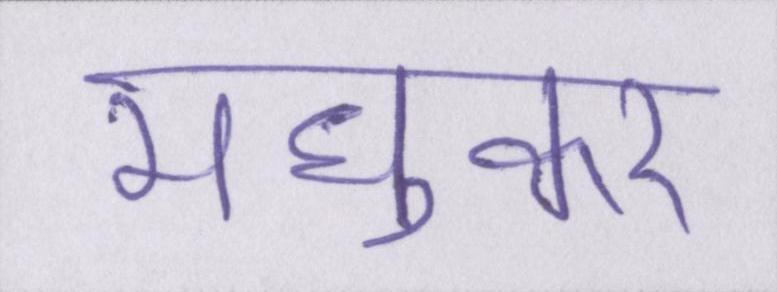
मधुकर